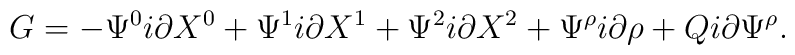
G=-\Psi^0i\partial X^0+\Psi^1i\partial X^1+\Psi^2i\partial X^2+\Psi^{\rho}i\partial \rho + Qi\partial \Psi^{\rho}.